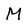
Character: M